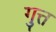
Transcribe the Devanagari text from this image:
गुत्त